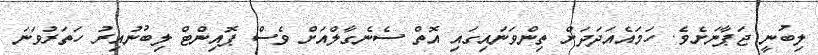
ލިބުނީ ޖަޕާނަށެވެ. ހަމައެއަދަދަށް ތިންވަނައިގައި އޮތް ސެނެގާލްއަށް ވެސް ޕޮއިންޓް ލިބުނުއިރު ހަތަރުވަނަ